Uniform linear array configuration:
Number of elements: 48
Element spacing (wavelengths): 0.75
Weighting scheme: binomial
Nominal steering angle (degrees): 45
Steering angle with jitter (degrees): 46.33
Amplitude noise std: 0.05
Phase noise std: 0.05

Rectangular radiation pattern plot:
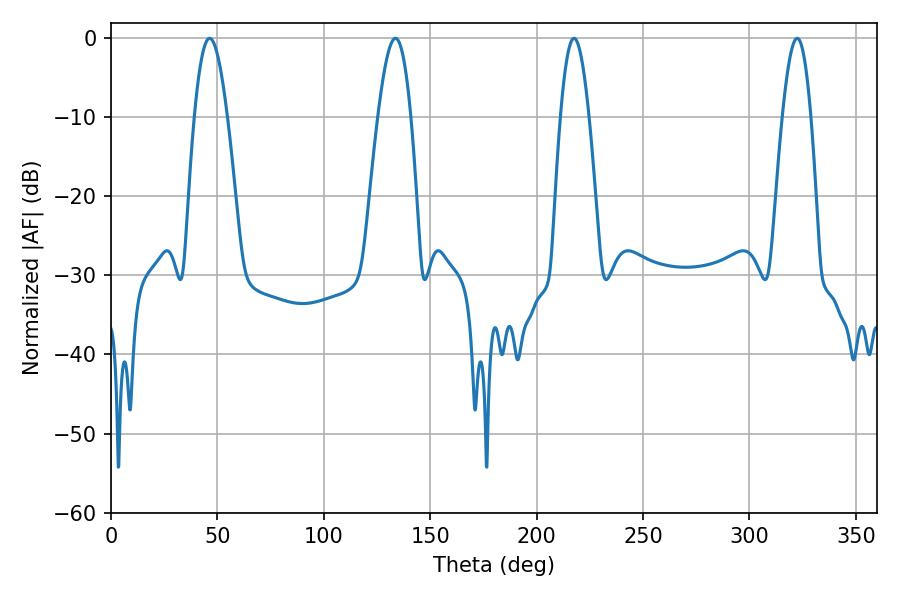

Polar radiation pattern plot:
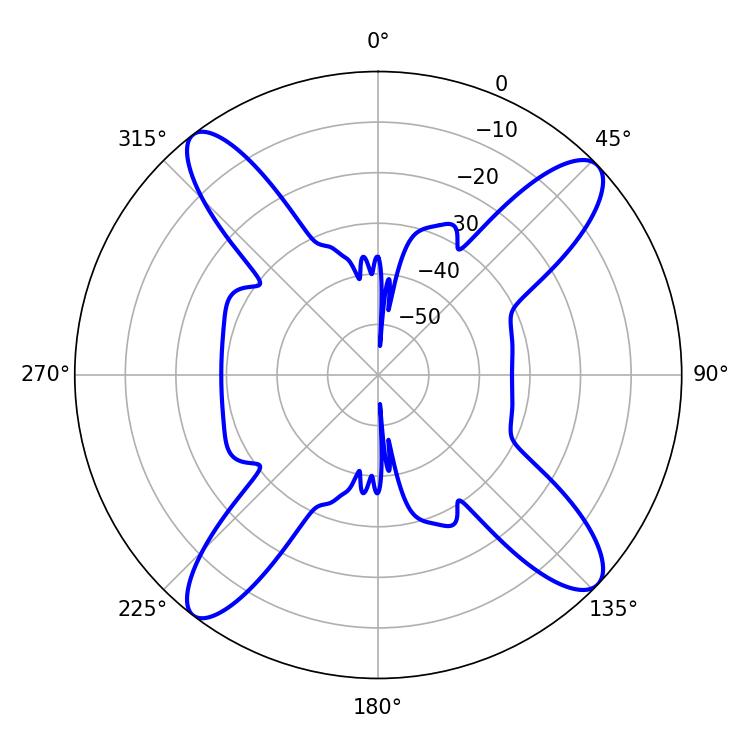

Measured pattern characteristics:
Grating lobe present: TRUE
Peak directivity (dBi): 15.13
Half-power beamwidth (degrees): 7.2
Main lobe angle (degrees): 217.62